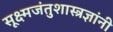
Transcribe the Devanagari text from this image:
सूक्ष्मजंतुशास्त्रज्ञांनी